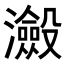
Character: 𭳮